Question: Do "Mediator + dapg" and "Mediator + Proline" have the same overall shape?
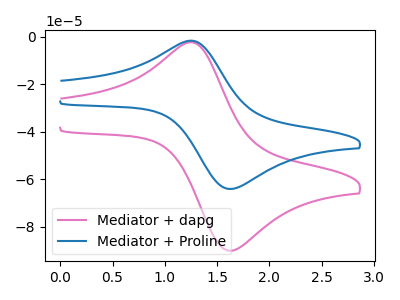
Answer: <think>The pink curve "Mediator + dapg" has an anodic peak at (1.25V, -2.25uA) and a cathodic peak at (1.65V, -89.95uA). The blue curve "Mediator + Proline" has an anodic peak at (1.25V, -1.60uA) and a cathodic peak at (1.65V, -63.95uA).
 All the peaks in "Mediator + dapg" have a peak in "Mediator + Proline" at the same potential.</think>
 <answer>"Mediator + dapg" and "Mediator + Proline" are similar in shape.</answer>
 <eval>same_shape</eval>